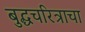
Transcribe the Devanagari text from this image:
बुद्धचरित्राचा